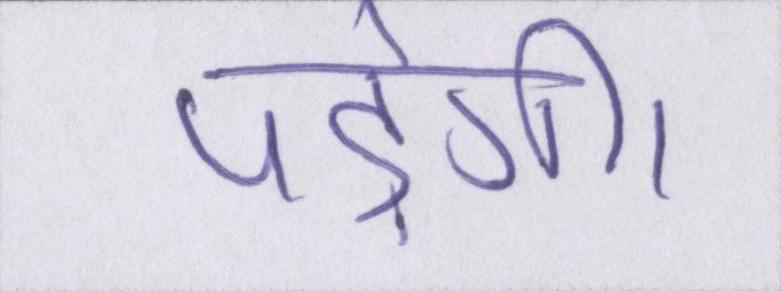
पड़ेगी।